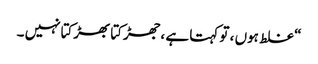
“ غلط ہوں ، تو کہتا ہے ،جھڑکتا بھڑکتانہیں ۔